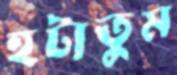
হটাতুম